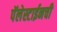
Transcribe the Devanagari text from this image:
पॅलेस्टाईनची